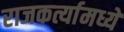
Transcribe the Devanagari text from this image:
राजकर्त्यामध्ये